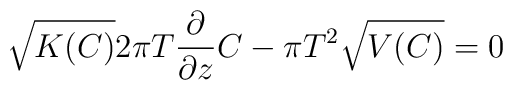
\sqrt{K(C)}2\pi T{\partial\over {\partial z}}C-\pi T^2\sqrt{V(C)}=0